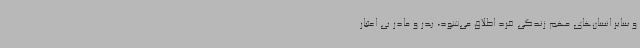
و سایر انسان‌های مهم زندگی فرد اطلاق می‌شود، پدر و مادر بی اعتبار